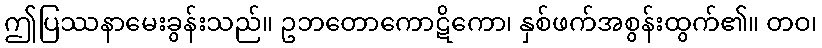
ဤပြဿနာမေးခွန်းသည်။ ဥဘတောကောဋိကော၊ နှစ်ဖက်အစွန်းထွက်၏။ တဝ၊